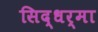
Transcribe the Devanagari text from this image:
सिद्धर्मा